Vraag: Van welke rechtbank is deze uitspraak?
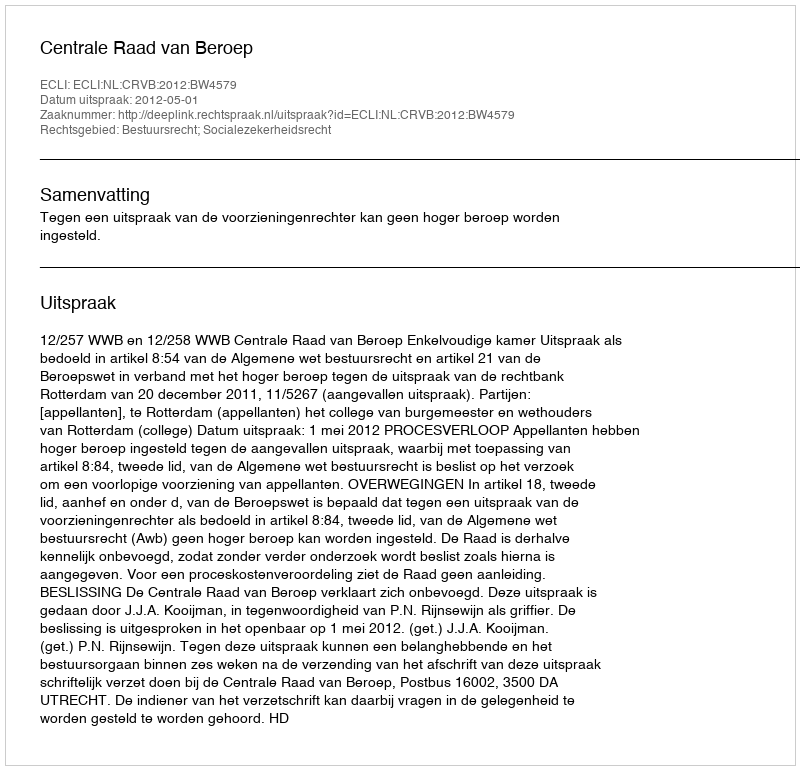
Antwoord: Centrale Raad van Beroep